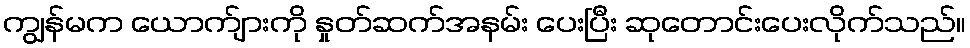
ကျွန်မက ယောက်ျားကို နှုတ်ဆက်အနမ်း ပေးပြီး ဆုတောင်းပေးလိုက်သည်။